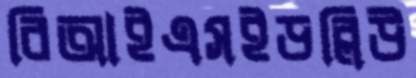
বিআইএসইডব্লিউ